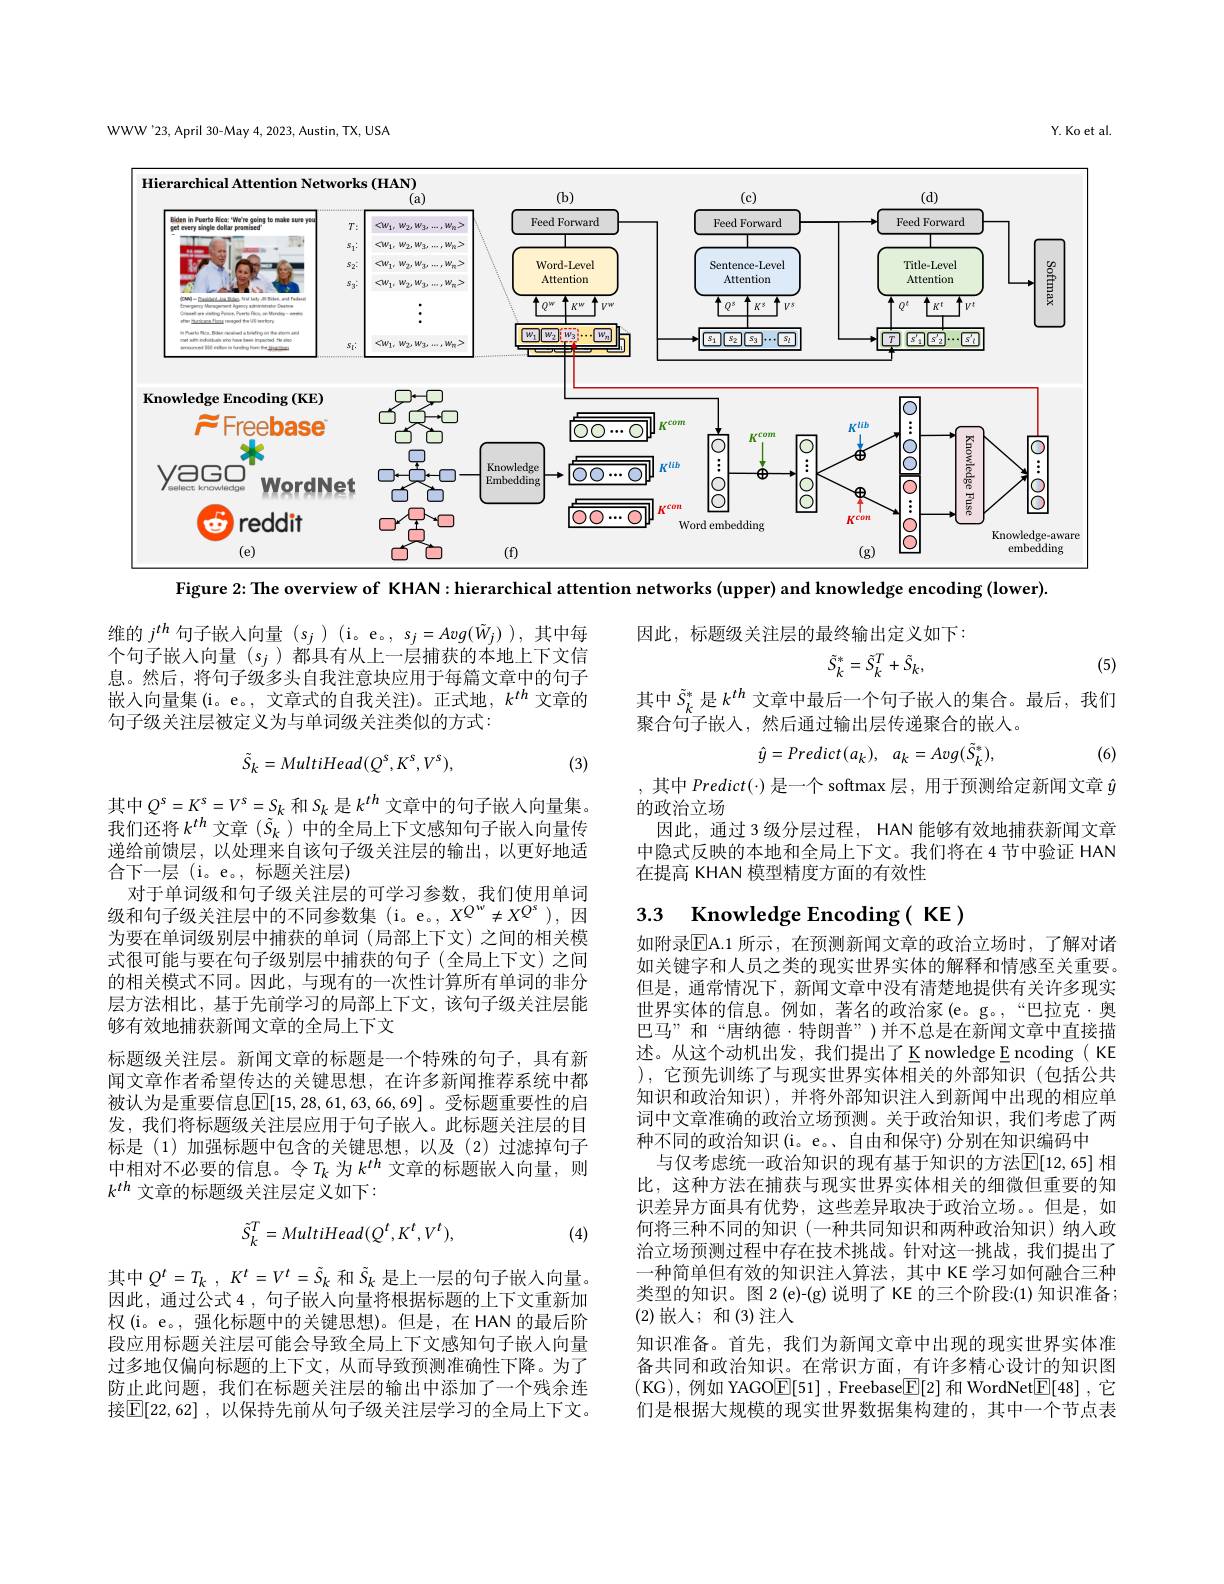
WWW'23, April 30-May 4, 2023, Austin, TX, USA

Y. Ko et al

<FigureHere>
Figure 2: The overview of KHAN: hierarchical attention networks (upper) and knowledge encoding (lower).

维的$j^{th}$句子嵌入向量$(s_j)($i。e。, $s_j=Avg(\tilde{W}_j))$,其中每个句子嵌入向量$(s_j)\ddot{\text{都具有从上一层捕获的本地上下文信}}$ 息。然后，将句子级多头自我注意块应用于每篇文章中的句子嵌入向量集(i。e。, 文章式的自我关注)。正式地，$k^th$文章的句子级关注层被定义为与单词级关注类似的方式：
$$\tilde{S}_{k}=MultiHead(Q^{s},K^{s},V^{s}),$$
(3)

其中$Q^s=K^s=V^s=S_k$和$S_k$是$k^{th}$文章中的句子嵌人向量集。我们还将$k^{th}$文章$(\tilde{S}_k)$中的全局上下文感知句子嵌入向量传递给前馈层，以处理来自该句子级关注层的输出，以更好地适合下一层 (i。e。, 标题关注层)
对于单词级和句子级关注层的可学习参数，我们使用单词级和句子级关注层中的不同参数集(i。e。,$X^Q^w\neq X^{Q^s})$,因为要在单词级别层中捕获的单词(局部上下文)之间的相关模式很可能与要在句子级别层中捕获的句子(全局上下文)之间的相关模式不同。因此，与现有的一次性计算所有单词的非分层方法相比，基于先前学习的局部上下文，该句子级关注层能够有效地捕获新闻文章的全局上下文
标题级关注层。新闻文章的标题是一个特殊的句子，具有新闻文章作者希望传达的关键思想，在许多新闻推荐系统中都被认为是重要信息$\boxed{\mathbb{E}}[15,28,61,63,66,69]$。受标题重要性的启发，我们将标题级关注层应用于句子嵌入。此标题关注层的目标是(1)加强标题中包含的关键思想，以及(2)过滤掉句子中相对不必要的信息。令$T_k$ 为$k^th$ 文章的标题嵌入向量，则$k^{th}$ 文章的标题级关注层定义如下：
$$\tilde{S}_k^T=MultiHead(Q^t,K^t,V^t),$$
(4)

其中$Q^t= T_k$ , $K^t= V^t= \tilde{S} _k$ 和$\tilde{S}_k$ 是上一层的句子嵌入向量。因此，通过公式 4 , 句子嵌人向量将根据标题的上下文重新加权(i。e。,强化标题中的关键思想)。但是，在 HAN 的最后阶段应用标题关注层可能会导致全局上下文感知句子嵌入向量过多地仅偏向标题的上下文，从而导致预测准确性下降。为了防止此问题，我们在标题关注层的输出中添加了一个残余连接$\mathbb{E} [ 22, 62]$ ,以保持先前从句子级关注层学习的全局上下文。

因此，标题级关注层的最终输出定义如下：
$$\tilde{S}_k^*=\tilde{S}_k^T+\tilde{S}_k,$$
(5)

其中$\tilde{S}_k^*$是$k^{th}$ 文章中最后一个句子嵌人的集合。最后，我们
$\tilde{\text{聚合句子嵌入，然后通过输出层传递聚合的嵌入。}}$
$$\hat{y}=Predict(a_{k}),\:a_{k}=Avg(\tilde{S}_{k}^{*}),$$
(6)

其中 Predict(·) 是一个 softmax 层，用于预测给定新闻文章$\hat{y}$
的政治立场
因此，通过 3 级分层过程，HAN 能够有效地捕获新闻文章中隐式反映的本地和全局上下文。我们将在 4 节中验证 HAN 在提高 KHAN 模型精度方面的有效性

## 3.3 Knowledge Encoding( KE)

如附录$\overline{\mathrm{EA.1}}$ 所示，在预测新闻文章的政治立场时，了解对诸如关键字和人员之类的现实世界实体的解释和情感至关重要。但是，通常情况下，新闻文章中没有清楚地提供有关许多现实世界实体的信息。例如，著名的政治家(e。g。“巴拉克·奥巴马”和“唐纳德·特朗普”)并不总是在新闻文章中直接描述。从这个动机出发，我们提出了K nowledge E ncoding ( KE ),它预先训练了与现实世界实体相关的外部知识(包括公共知识和政治知识),并将外部知识注人到新闻中出现的相应单词中文章准确的政治立场预测。关于政治知识，我们考虑了两种不同的政治知识(i。e。、自由和保守)分别在知识编码中
与仅考虑统一政治知识的现有基于知识的方法$\mathbb{E}[12,65]$ 相比，这种方法在捕获与现实世界实体相关的细微但重要的知识差异方面具有优势，这些差异取决于政治立场。。但是，如何将三种不同的知识(一种共同知识和两种政治知识)纳人政治立场预测过程中存在技术挑战。针对这一挑战，我们提出了一种简单但有效的知识注入算法，其中 KE 学习如何融合三种类型的知识。图 2(e)-(g)说明了 KE 的三个阶段：(1) 知识准备； (2) 嵌人；和(3) 注入
知识准备。首先，我们为新闻文章中出现的现实世界实体准备共同和政治知识。在常识方面，有许多精心设计的知识图(KG),例如 YAGO$\boxed{\mathrm{E} }[ 51]$ , Freebase$\boxed{\mathrm{F}}[2]$和 WordNet$\boxed{\mathrm{E} }[ 48]$ ,它们是根据大规模的现实世界数据集构建的，其中一个节点表